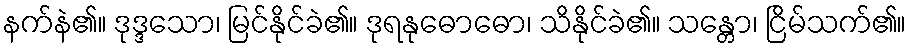
နက်နဲ၏။ ဒုဒ္ဒသော၊ မြင်နိုင်ခဲ၏။ ဒုရနုဓောဓော၊ သိနိုင်ခဲ၏။ သန္တော၊ ငြိမ်သက်၏။